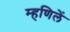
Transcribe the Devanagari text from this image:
म्हणिलें